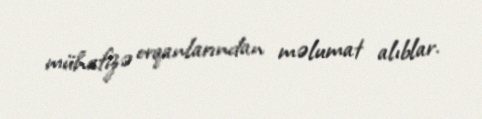
mühafizə orqanlarından məlumat alıblar.